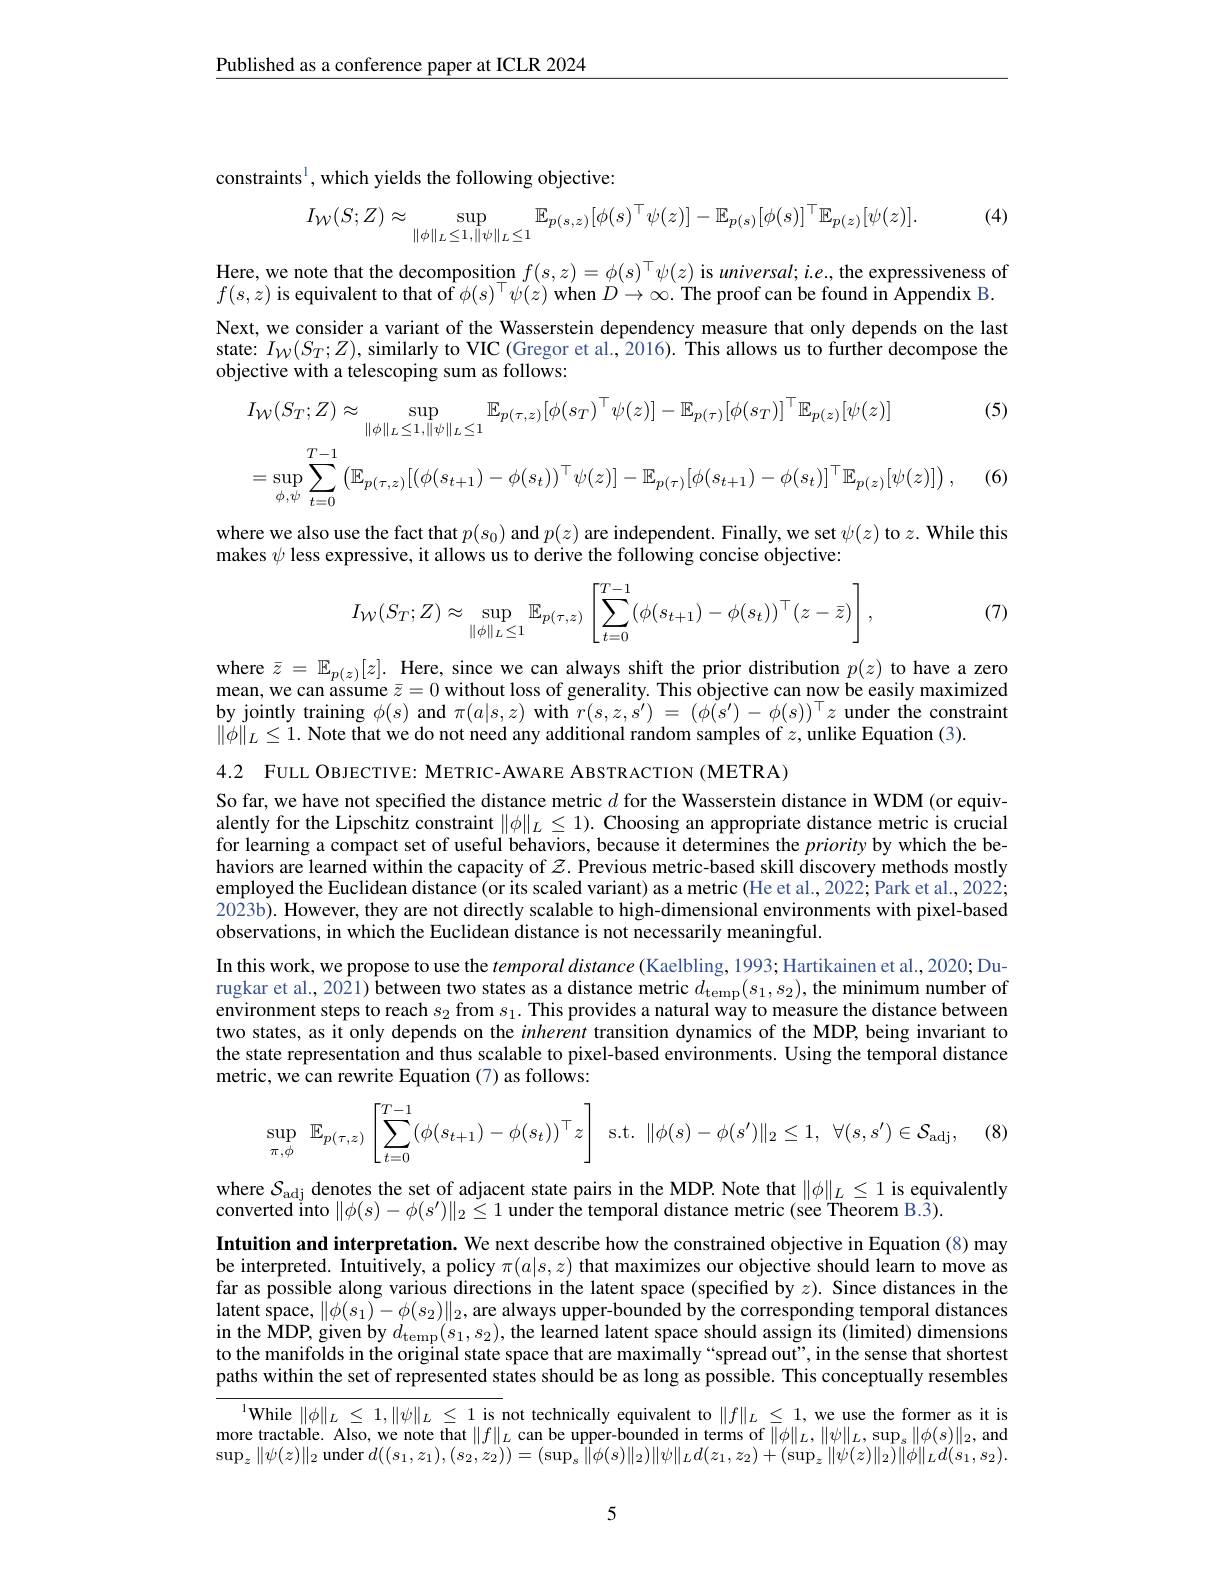
$\underline{\text{Published as a conference paper at ICLR 2024}}$

constraints$^{1}$, which yields the following objective:

(4)
$$I_{\mathcal{W}}(S;Z)\approx\sup_{\|\phi\|_{L}\leq1,\|\psi\|_{L}\leq1}\mathbb{E}_{p(s,z)}[\phi(s)^{\top}\psi(z)]-\mathbb{E}_{p(s)}[\phi(s)]^{\top}\mathbb{E}_{p(z)}[\psi(z)].$$
Here, we note that the decomposition $f(s,z)=\phi(s)^\top\psi(z)$ is universal; i.e., the expressiveness of $f(s,z)$ is equivalent to that of $\phi(s)^\top\psi(z)$ when $D\to\infty.$ The proof can be found in Appendix B. Next, we consider a variant of the Wasserstein dependency measure that only depends on the last state: $I_{W}(S_{T};Z)$, similarly to VIC (Gregor et al., 2016). This allows us to further decompose the objective with a telescoping sum as follows:

(5)

(6)
$$I_{\mathcal{W}}(S_{T};Z)\approx\sup_{\|\phi\|_{L}\leq1,\|\psi\|_{L}\leq1}\mathbb{E}_{p(\tau,z)}[\phi(s_{T})^{\top}\psi(z)]-\mathbb{E}_{p(\tau)}[\phi(s_{T})]^{\top}\mathbb{E}_{p(z)}[\psi(z)]\\=\sup_{\phi,\psi}\sum_{t=0}^{T-1}\left(\mathbb{E}_{p(\tau,z)}[(\phi(s_{t+1})-\phi(s_{t}))^{\top}\psi(z)]-\mathbb{E}_{p(\tau)}[\phi(s_{t+1})-\phi(s_{t})]^{\top}\mathbb{E}_{p(z)}[\psi(z)]\right),$$
where we also use the fact that $p(s_0)$ and $p(z)$ are independent. Finally, we set $\psi(z)$ to $z.$ While this
makes $\psi$ less expressive, it allows us to derive the following concise objective:
$$I_{\mathcal{W}}(S_T;Z)\approx\sup\limits_{\|\phi\|_L\leq1}\mathbb{E}_{p(\tau,z)}\left[\sum_{t=0}^{T-1}(\phi(s_{t+1})-\phi(s_t))^\top(z-\bar{z})\right],$$
(7)

where $\bar{z}=\mathbb{E}_{p(z)}[z].$ Here, since we can always shift the prior distribution $p(z)$ to have a zero mean, we can assume $\bar{z}=0$ without loss of generality. This objective can now be easily maximized by jointly training $\phi(s)$ and $\pi(a|s,z)$ with $r(s,z,\tilde{s^{\prime}})=(\phi(s^{\prime})-\phi(s))^\top z$ under the constraint $\|\phi\|_{L}\leq1.$ Note that we do not need any additional random samples of $z$,unlike Equation (3).

4.2 FULL OBJECTIVE: METRIC-AWARE ABSTRACTION (METRA)
So far, we have not specified the distance metric $d$ for the Wasserstein distance in WDM (or equivalently for the Lipschitz constraint $\|\phi\|_L\leq1).$ Choosing an appropriate distance metric is crucial for learning a compact set of useful behaviors, because it determines the priority by which the behaviors are learned within the capacity of $z.$ Previous metric-based skill discovery methods mostly employed the Euclidean distance (or its scaled variant) as a metric (He et al., 2022; Park et al., 2022; 2023b). However, they are not directly scalable to high-dimensional environments with pixel-based observations, in which the Euclidean distance is not necessarily meaningful.
In this work, we propose to use the $temporal\textit{distance ( Kaelbling, 1993; Hartikainen et al. , 2020; Du- }$ rugkar et al., 2021) $\hat{\textbf{between two states as a distance metric }d_{\mathrm{temp}}(s_1,s_2),\text{the minimum number of}}$ environment steps to reach $s_2$ from $s_1.$ This provides a natural way to measure the distance between two states, as it only depends on the inherent transition dynamics of the MDP, being invariant to the state representation and thus scalable to pixel-based environments. Using the temporal distance metric, we can rewrite Equation (7) as follows:

(8)
$$\sup\limits_{\pi,\phi}\:\mathbb{E}_{p(\tau,z)}\left[\sum\limits_{t=0}^{T-1}(\phi(s_{t+1})-\phi(s_t))^\top z\right]\:\mathrm{s.t.}\:\|\phi(s)-\phi(s')\|_2\leq1,\:\forall(s,s')\in\mathcal{S}_{\mathrm{adj}},$$
where $\mathcal{S}_\mathrm{adj}$ denotes the set of adjacent state pairs in the MDP. Note that $\|\phi\|_L\leq1$ is equivalently
converted into $\|\phi(s)-\phi(s^{\prime})\|_{2}\leq1$ under the temporal distance metric (see Theorem B.3).

Intuition and interpretation. We next describe how the constrained objective in Equation (8) may be interpreted. Intuitively, a policy $\pi(a|s,z)$ that maximizes our objective should learn to move as far as possible along various directions in the latent space (specified by $z).$ Since distances in the $latent space$, $\| \phi ( s_1) - \phi ( s_2) \| _2$, are always upper-bounded by the corresponding temporal distances in the MDP, given by $d_{\mathrm{temp}}(s_1,s_2)$, the learned latent space should assign its (limited) dimensions to the manifolds in the original state space that are maximally“spread out”, in the sense that shortest paths within the set of represented states should be as long as possible. This conceptually resembles

$^{\mathrm{l}}$While $\|\phi\|_L\leq1,\|\psi\|_L\leq1$ is not technically equivalent to $\|f\|_L\leq1$, we use the former as it is more tractable. Also, we note that $\|f\|_L$ can be upper-bounded in terms of $\|\phi\|_L,\|\psi\|_L,\sup_s\|\phi(s)\|_2$, and $\sup_{z}\|\psi(z)\|_{2}$ under $d((s_1,z_1),(s_2,z_2))=(\sup_{s}\|\phi(s)\|_{2})\|\psi\|_{L}d(z_1,z_2)+(\sup_{z}\|\psi(z)\|_{2})\|\phi\|_{L}d(s_1,s_2).$

5